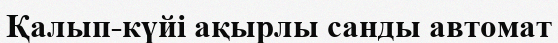
Қалып-күйі ақырлы санды автомат